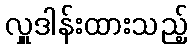
လှူဒါန်းထားသည့်